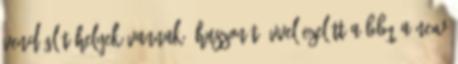
vendéglátóhelyek vannak. Huszonöt évvel ezelőtt a BBQ a New